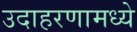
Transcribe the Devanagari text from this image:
उदाहरणामध्ये